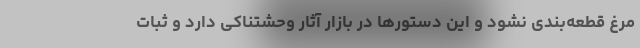
مرغ قطعه‌بندی نشود و این دستور‌ها در بازار آثار وحشتناکی دارد و ثبات